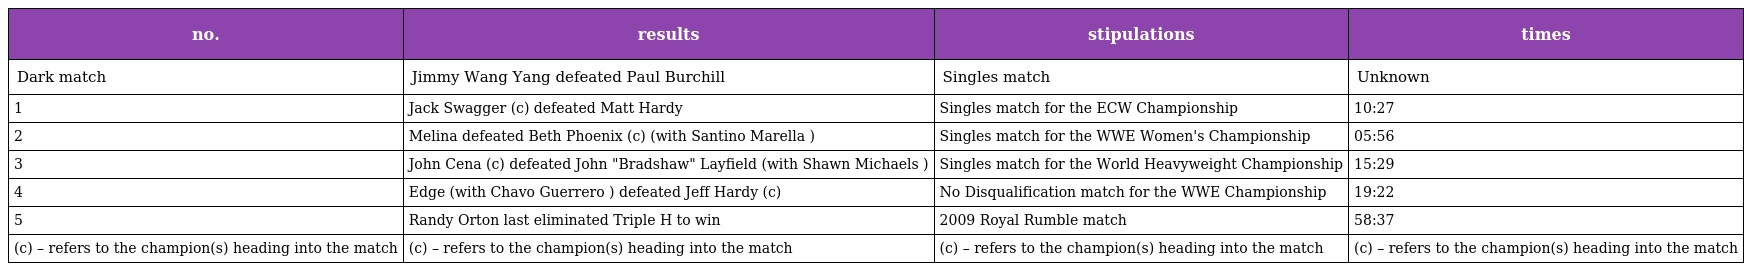
| no. | results | stipulations | times |
 | --- | --- | --- | --- |
 | Dark match | Jimmy Wang Yang defeated Paul Burchill | Singles match | Unknown |
 | 1 | Jack Swagger (c) defeated Matt Hardy | Singles match for the ECW Championship | 10:27 |
 | 2 | Melina defeated Beth Phoenix (c) (with Santino Marella ) | Singles match for the WWE Women's Championship | 05:56 |
 | 3 | John Cena (c) defeated John "Bradshaw" Layfield (with Shawn Michaels ) | Singles match for the World Heavyweight Championship | 15:29 |
 | 4 | Edge (with Chavo Guerrero ) defeated Jeff Hardy (c) | No Disqualification match for the WWE Championship | 19:22 |
 | 5 | Randy Orton last eliminated Triple H to win | 2009 Royal Rumble match | 58:37 |
 | (c) – refers to the champion(s) heading into the match | (c) – refers to the champion(s) heading into the match | (c) – refers to the champion(s) heading into the match | (c) – refers to the champion(s) heading into the match |